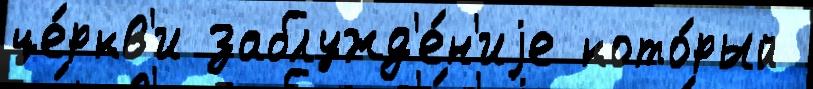
це́ркв'и заблужд'е́н'иjе кото́рый